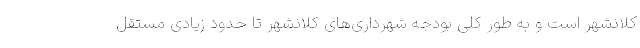
کلانشهر است و به طور کلی بودجه شهرداری‌های کلانشهر تا حدود زیادی مستقل